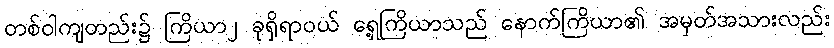
တစ်ဝါကျတည်း၌ ကြိယာ၂ ခုရှိရာဝယ် ရှေ့ကြိယာသည် နောက်ကြိယာ၏ အမှတ်အသားလည်း